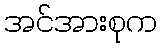
အင်အားစုက